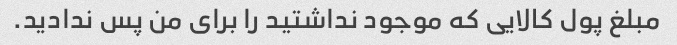
مبلغ پول کالایی که موجود نداشتید را برای من پس ندادید.